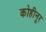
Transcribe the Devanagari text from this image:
कोहीनूर